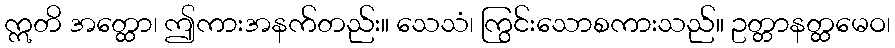
ဣတိ အတ္ထော၊ ဤကားအနက်တည်း။ သေသံ၊ ကြွင်းသောစကားသည်။ ဥတ္တာနတ္ထမေဝ၊